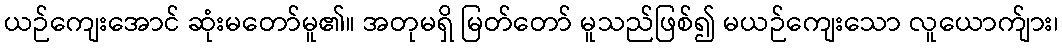
ယဉ်ကျေးအောင် ဆုံးမတော်မူ၏။ အတုမရှိ မြတ်တော် မူသည်ဖြစ်၍ မယဉ်ကျေးသော လူယောက်ျား၊